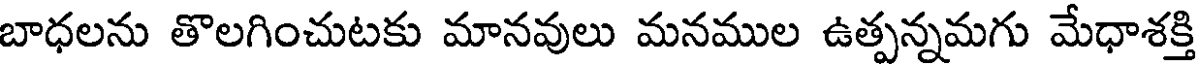
బాధలను తొలగించుటకు మానవులు మనముల ఉత్పన్నమగు మేధాశక్తి